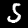
Digit: 5